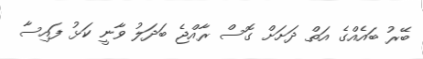
ބޭރު ބައެއްގެ އަތް ދަށަށް ގޮސް ރާއްޖެ ބަދަލު ވާނީ ކަޅު ފައިސާ